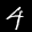
Label: 4